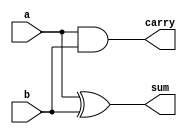
`timescale 1ns / 1ps

module ha(input a,b,output sum,carry);
xor s1(sum,a,b);
and s2(carry,a,b);
endmodule